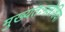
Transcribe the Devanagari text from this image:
मुख्यतःमलेशिया